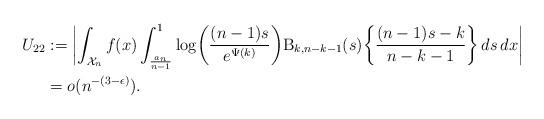
LaTeX: \begin{align*}U_{22} &:= \biggl|\int_{\mathcal{X}_n} f(x) \int_\frac{a_n}{n-1}^1 \log\biggl(\frac{(n-1)s}{e^{\Psi(k)}}\biggr) \mathrm{B}_{k,n-k-1}(s)\biggl\{\frac{(n-1)s - k}{n-k-1}\biggr\} \, ds \, dx\biggr| \\&= o(n^{-(3-\epsilon)}).\end{align*}